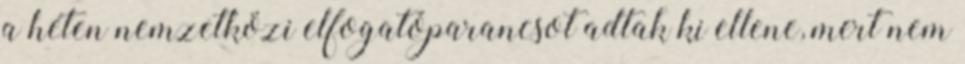
a héten nemzetközi elfogatóparancsot adtak ki ellene, mert nem